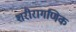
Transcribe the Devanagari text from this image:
शरीरागणिक